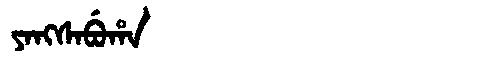
Manchu: ᠶᠠᠩᠰᠠᠪᡠᡥᠠ
Romanization: YANGSABUHA